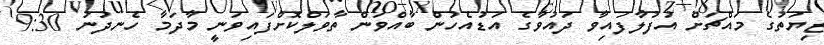
ޒިޔަތުގެ މައްޗަށް އުފުލާފައިވާ ދައުވާގެ އަޑުއެހުން ބާއްވަން ތާވަލްކޮށްފައިވަނީ މާދަމާ ހެނދުނު 9:30